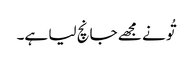
تُو نے مجھے جانچ لیا ہے۔